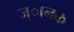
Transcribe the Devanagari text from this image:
ज्ानक